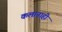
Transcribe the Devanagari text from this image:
कलानाही